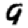
Digit: 9